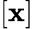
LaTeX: [\mathbf{x}]